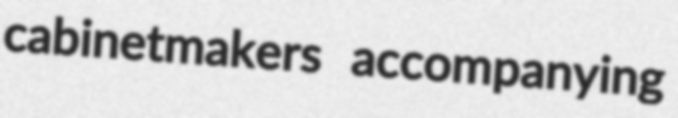
cabinetmakers accompanying